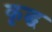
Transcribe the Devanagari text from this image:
कृद्ध